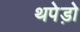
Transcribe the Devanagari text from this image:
थपेड़ो